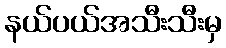
နယ်ပယ်အသီးသီးမှ